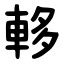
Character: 䡔